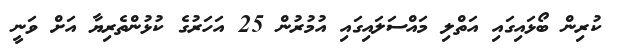
ކުރިން ބޯޅައިގައި އަތްލި މައްސަލައިގައި އުމުރުން 25 އަހަރުގެ ކުޅުންތެރިޔާ އަށް ވަނީ